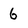
Character: 6